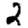
Digit: 2